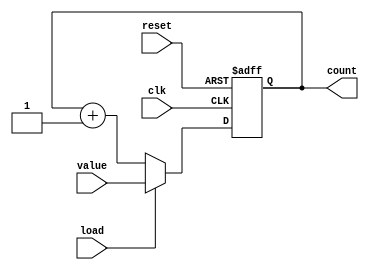
/*
 * SPDX-License-Identifier: BSD-3-Clause
 *
 * Copyright 2022 Tom Storey <https://github.com/tomstorey/vga_crtc>
 *
 * Redistribution and use in source and binary forms, with or without
 * modification, are permitted provided that the following conditions
 * are met:
 *
 * 1. Redistributions of source code must retain the above copyright
 * notice, this list of conditions and the following disclaimer.
 *
 * 2. Redistributions in binary form must reproduce the above copyright
 * notice, this list of conditions and the following disclaimer in the
 * documentation and/or other materials provided with the distribution.
 *
 * 3. Neither the name of the copyright holder nor the names of its
 * contributors may be used to endorse or promote products derived from
 * this software without specific prior written permission.
 *
 * THIS SOFTWARE IS PROVIDED BY THE COPYRIGHT HOLDERS AND CONTRIBUTORS
 * "AS IS" AND ANY EXPRESS OR IMPLIED WARRANTIES, INCLUDING, BUT NOT
 * LIMITED TO, THE IMPLIED WARRANTIES OF MERCHANTABILITY AND FITNESS FOR
 * A PARTICULAR PURPOSE ARE DISCLAIMED. IN NO EVENT SHALL THE COPYRIGHT
 * HOLDER OR CONTRIBUTORS BE LIABLE FOR ANY DIRECT, INDIRECT, INCIDENTAL,
 * SPECIAL, EXEMPLARY, OR CONSEQUENTIAL DAMAGES (INCLUDING, BUT NOT
 * LIMITED TO, PROCUREMENT OF SUBSTITUTE GOODS OR SERVICES; LOSS OF USE,
 * DATA, OR PROFITS; OR BUSINESS INTERRUPTION) HOWEVER CAUSED AND ON ANY
 * THEORY OF LIABILITY, WHETHER IN CONTRACT, STRICT LIABILITY, OR TORT
 * (INCLUDING NEGLIGENCE OR OTHERWISE) ARISING IN ANY WAY OUT OF THE USE
 * OF THIS SOFTWARE, EVEN IF ADVISED OF THE POSSIBILITY OF SUCH DAMAGE.
 */

`timescale 1ns/1ns

module loadable_upcounter
#(parameter WIDTH=8,
            INCREMENT=1
)
(
    input wire reset,
    input wire clk,
    input wire load,
    input wire [WIDTH-1:0] value,
    output reg [WIDTH-1:0] count
);
    always @(posedge reset, posedge clk) begin
        if (reset) begin
            /* When reset is asserted, reset the counter to 0 */
            count <= {WIDTH{1'b0}};
        end
        else begin
            if (load) begin
                /* When the load signal is asserted, synchronously load value
                 * into the counter */
                count <= value;
            end
            else begin
                /* Otherwise increment for each clock */
                count <= count + INCREMENT;
            end
        end
    end
endmodule